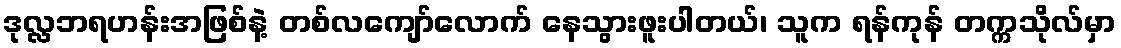
ဒုလ္လဘရဟန်းအဖြစ်နဲ့ တစ်လကျော်လောက် နေသွားဖူးပါတယ်၊ သူက ရန်ကုန် တက္ကသိုလ်မှာ